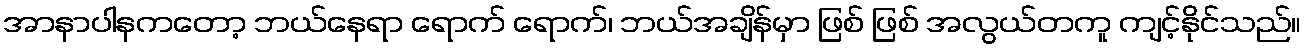
အာနာပါနကတော့ ဘယ်နေရာ ရောက် ရောက်၊ ဘယ်အချိန်မှာ ဖြစ် ဖြစ် အလွယ်တကူ ကျင့်နိုင်သည်။